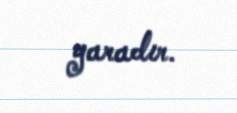
yaradır.